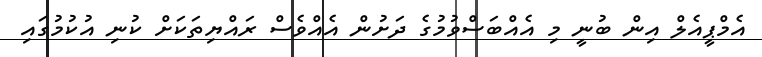
އެމްޕީއެލް އިން ބުނީ މި އެއްބަސްވުމުގެ ދަށުން އެއްވެސް ރައްޔިތަކަށް ކުނި އުކުމުގައި